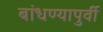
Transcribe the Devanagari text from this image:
बांधण्यापुर्वी